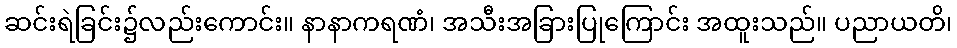
ဆင်းရဲခြင်း၌လည်းကောင်း။ နာနာကရဏံ၊ အသီးအခြားပြုကြောင်း အထူးသည်။ ပညာယတိ၊